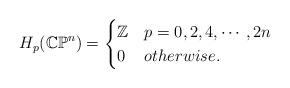
LaTeX: \begin{align*}H_p (\mathbb{CP}^n )=\begin{cases}\mathbb{Z} & p=0, 2, 4, \cdots , 2n \\0 & otherwise.\end{cases}\end{align*}